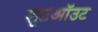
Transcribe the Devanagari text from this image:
शूटऑउट